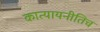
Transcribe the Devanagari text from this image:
कात्यायनीतिच